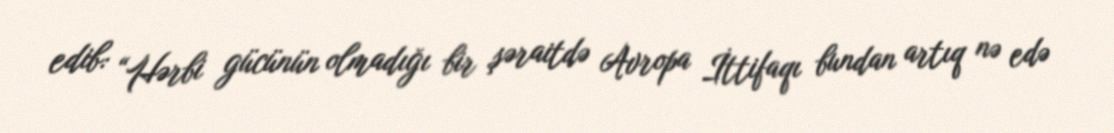
edib: “Hərbi gücünün olmadığı bir şəraitdə Avropa İttifaqı bundan artıq nə edə